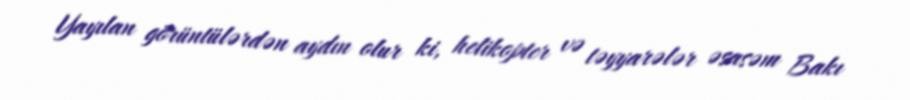
Yayılan görüntülərdən aydın olur ki, helikopter və təyyarələr əsasəm Bakı